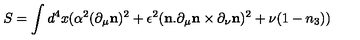
S = \int d ^ { 4 } x ( { \alpha ^ { 2 } } ( \partial _ { \mu } { \bf n } ) ^ { 2 } + \epsilon ^ { 2 } ( { \bf n } . \partial _ { \mu } { \bf n } \times \partial _ { \nu } { \bf n } ) ^ { 2 } + \nu ( 1 - n _ { 3 } ) )